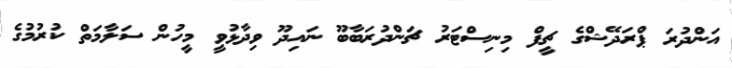
އަންދުރަ ޕްރަދޭޝްގެ ޗީފް މިނިސްޓަރު ޗަންދުރަބާބޫ ނައިދޫ ވިދާޅުވީ މީހުން ސަލާމަތް ކުރުމުގެ